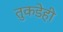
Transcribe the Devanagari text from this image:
तुकडेही